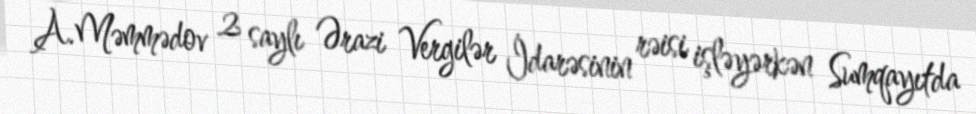
A.Məmmədov 2 saylı Ərazi Vergilər İdarəsinin rəisi işləyərkən Sumqayıtda